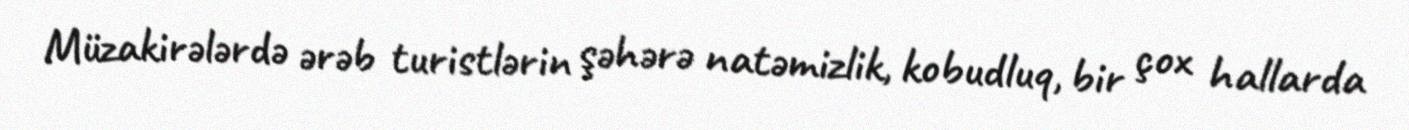
Müzakirələrdə ərəb turistlərin şəhərə natəmizlik, kobudluq, bir çox hallarda